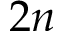
2 n